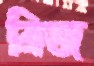
ব্রিজ